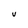
Character: U